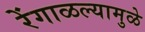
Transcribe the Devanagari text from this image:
रेंगाळल्यामुळे